Vaccination report Assam 1874-1896 - 1874-1896
Year: 1874
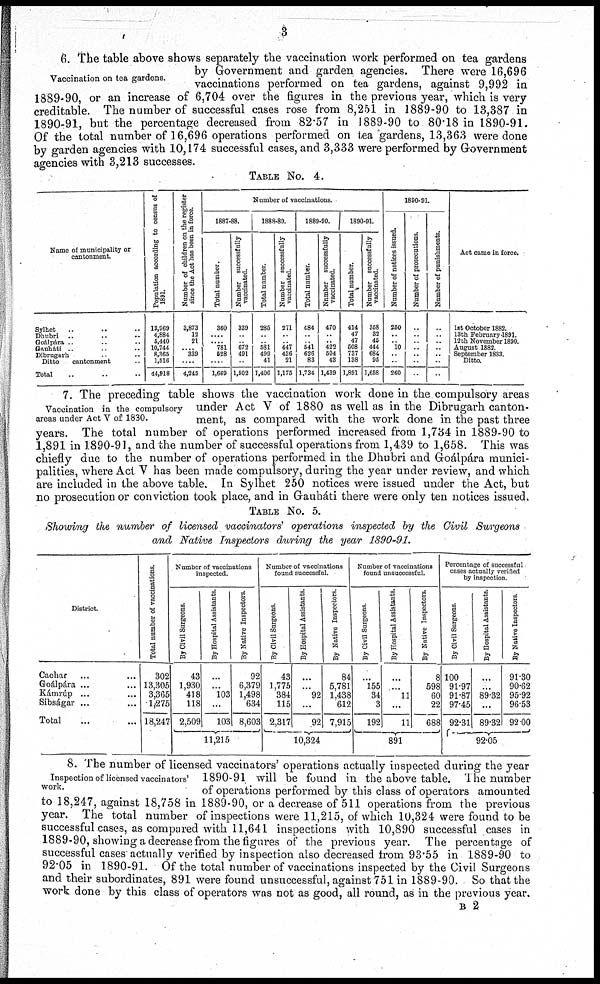
3
Vaccination on tea gardens.
6. The table above shows separately the vaccination work performed on tea gardens
by Government and garden agencies. There were 16,696
vaccinations performed on tea gardens, against 9,992 in
1889-90, or an increase of 6,704 over the figures in the previous year, which is very
creditable. The number of successful cases rose from 8,251 in 1889-90 to 13,387 in
1890-91, but the percentage decreased from 82.57 in 1889-90 to 80.18 in 1890-91.
Of the total number of 16,696 operations performed on tea gardens, 13,363 were done
by garden agencies with 10,174 successful cases, and 3,333 were performed by Government
agencies with 3,213 successes.
TABLE No. 4.
Name of municipality or
cantonment.
Sylhet .. .. ..
Dhubri
..
..
..
Goálpára .. .. ..
Gauháti .. .. ..
Dibrugarh .. ..
Ditto
cantonment ..
Total .. .. ..
Population according to census of
1891.
13,969
4,884
5,440
10,744
8,365
1,516
44,918
Number of children on the register
since the Act has been in force.
3,873
12
21
.. 339
....
4,245
Number of vaccinations.
1887-88.
Total number.
360
....
....
781
528
....
1,669
Number successfully
vaccinated.
339
..
..
672
491
..
1,502
1888-89.
Total number
285
..
..
581
499
41
1,406
Number successfully
vaccinated.
271
..
..
447
436
21
1,175
1889-90.
Total number.
484
..
..
541 626
83
1,734
Number successfully
vaccinated.
470
.. ..
422 504
43
1,439
1890-91.
Total number.
414
47 47
508 737
138
1,891
Number successfully
vaccinated.
358
32 45
444 684
95
1,658
1890-91.
Number of notices issued.
250
..
..
10
..
..
260
Number of prosecutions.
..
..
..
..
..
..
..
Number of punishments.
..
..
..
..
..
..
..
Act came in force.
1st October 1882.
13th February 1891.
12th November 1890.
August 1882
September 1833.
Ditto.
Vaccination in the compulsory
areas under Act V of 1830.
7. The preceding table shows the vaccination work done in the compulsory areas
under Act V of 1880 as well as in the Dibrugarh canton-
ment, as compared with the work done in the past three
years. The total number of operations performed increased from 1,734 in 1889-90 to
1,891 in 1890-91, and the number of successful operations from 1,439 to 1,658. This was
chiefly due to the number of operations performed in the Dhubri and Goálpára munici-
palities, where Act V has been made compulsory, during the year under review, and which
are included in the above table. In Sylhet 250 notices were issued under the Act, but
no prosecution or conviction took place, and in Gaubáti there were only ten notices issued.
TABLE No. 5.
Showing the number of licensed vaccinators' operations inspected by the Civil Surgeons
and Native Inspectors during the year 1890-91.
District
Cachar ... ...
Goálpára ...
Kámrúp ... ...
Sibságar ... ...
Total ... ...
Total number of vaccinations.
302
13,305
3,365
1,275
18,247
Number of vaccinations
inspected.
By Civil Surgeons.
43
1,930
418
118
2,509
By Hospital Assistants.
...
...
103
...
103
By Native Inspectors.
92
6,379
1,498
634
8,603
11,215
Number of vaccinations
found successful.
By Civil Surgeons.
43
1,775
384
115
2,317
By Hospital Assistants.
...
...
92
...
92
By Native Inspectors.
84
5,781
1,438
612
7,915
10,324
Number of vaccinations
found unsuccessful.
By Civil Surgeons.
...
155
34
3
192
By Hospital Assistants.
...
...
11
...
11
By Native Inspectors.
8
598
60
22
688
891
Percentage of successful
cases actually verified
by inspection.
By Civil Surgeons
100
91.97
91.87
97.45
92.31
By Hospital Assistants.
...
...
89.32
...
89.32
By Native Inspectors.
91.30
90.62
95.92
96.53
92.00
92.05
Inspection of licensed vaccinators'
work.
8. The number of licensed vaccinators' operations actually inspected during the year
1890-91 will be found in the above table. The number
of operations performed by this class of operators amounted
to 18,247, against 18,758 in 1889-90, or a decrease of 511 operations from the previous
year. The total number of inspections were 11,215, of which 10,324 were found to be
successful cases, as compared with 11,641 inspections with 10,890 successful cases in
1889-90, showing a decrease from the figures of the previous year. The percentage of
successful cases actually verified by inspection also decreased from 93.55 in 1889-90 to
92.05 in 1890-91. Of the total number of vaccinations inspected by the Civil Surgeons
and their subordinates, 891 were found unsuccessful, against 751 in 1889-90. So that the
work done by this class of operators was not as good, all round, as in the previous year.
B 2